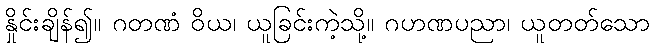
နှိုင်းချိန်၍။ ဂတဏံ ဝိယ၊ ယူခြင်းကဲ့သို့။ ဂဟဏပညာ၊ ယူတတ်သော